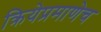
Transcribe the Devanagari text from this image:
क्रियेप्रमाणेच